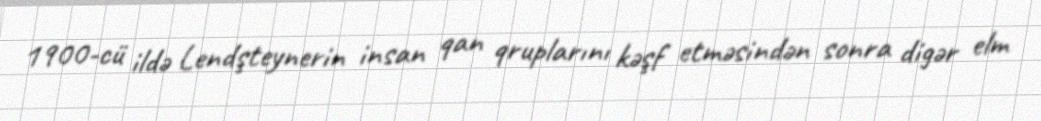
1900-cü ildə Lendşteynerin insan qan qruplarını kəşf etməsindən sonra digər elm